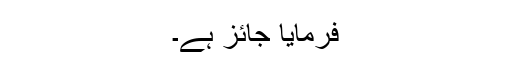
فرمایا جائز ہے۔